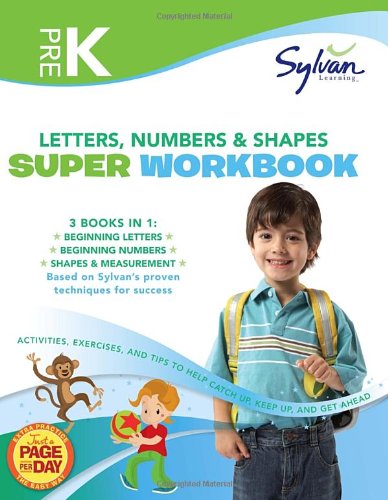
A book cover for Pre-K Letters, Numbers & Shapes Super Workbook (Sylvan Super Workbooks) (Math Super Workbooks); Sylvan Learning; Science & Math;